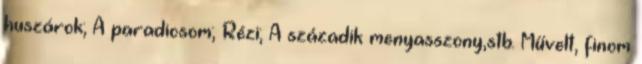
huszárok; A paradicsom; Rézi; A századik menyasszony,stb. Művelt, finom